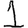
Digit: 1